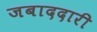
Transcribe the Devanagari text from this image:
जबाददारी